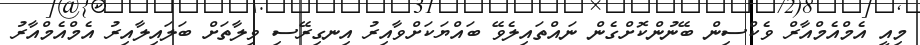
މިއީ އެމްއެމްއާރް ވެކްސިން ބޭނުންކޮށްގެން ނައްތައިލެވޭ ބައްޔަކަށްވާއިރު އިނގިރޭސި ވިލާތަށް ބަލައިލާއިރު އެމްއެމްއާރު